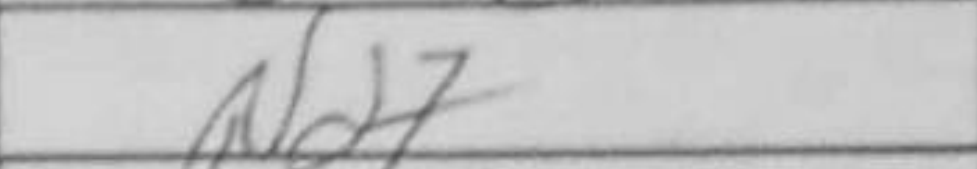
Transcription: Nd7